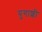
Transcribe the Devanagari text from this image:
युगाशी